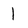
Character: l